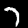
Digit: 7